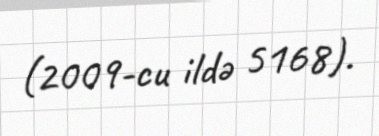
(2009-cu ildə 5168).